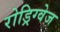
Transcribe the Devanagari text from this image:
रोड्रिग्वेज